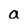
Character: a